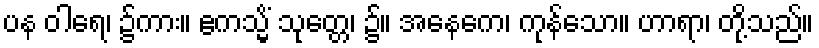
ပန ဝါရေ၊ ၌ကား။ ဧကသ္မိံ သုတ္တေ၊ ၌။ အနေကေ၊ ကုန်သော။ ဟာရာ၊ တို့သည်။